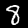
Digit: 8